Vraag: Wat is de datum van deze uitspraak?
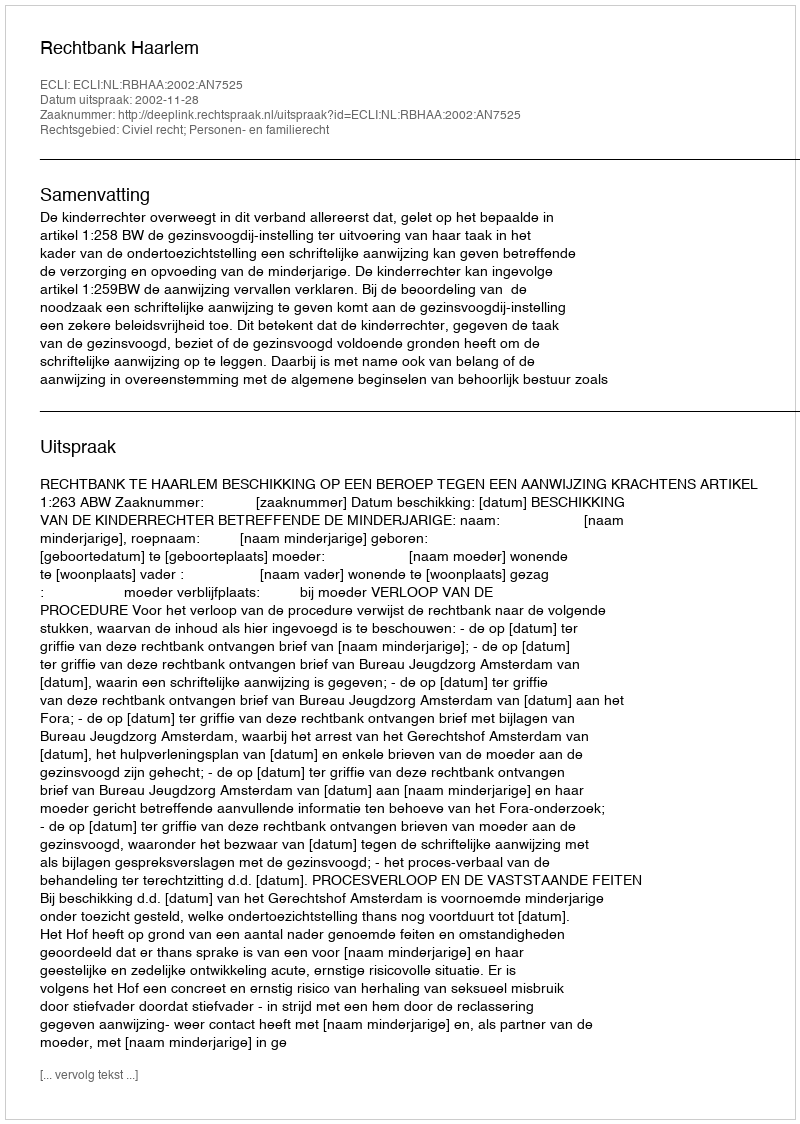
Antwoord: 2002-11-28